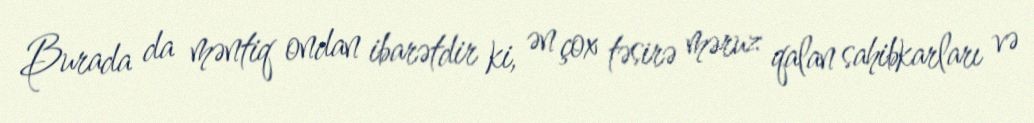
Burada da məntiq ondan ibarətdir ki, ən çox təsirə məruz qalan sahibkarları və